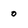
Character: o